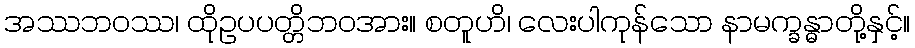
အဿဘဝဿ၊ ထိုဥပပတ္တိဘဝအား။ စတူဟိ၊ လေးပါကုန်သော နာမက္ခန္ဓာတို့နှင့်။